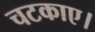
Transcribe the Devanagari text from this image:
चटकाए।